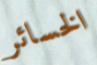
الخسائر